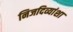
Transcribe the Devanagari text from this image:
निजदिव्यांशा